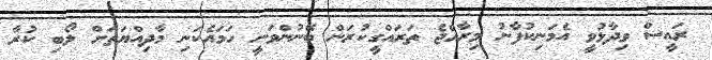
ރައީސް ވިދާޅުވީ އެމަނިކުފާނު މިރާއްޖެ ތަރައްގީކުރަން ބޭނުންވަނީ ހަމައެކަނި މާދިއްޔަތަށް ލޯބި ކުރާ